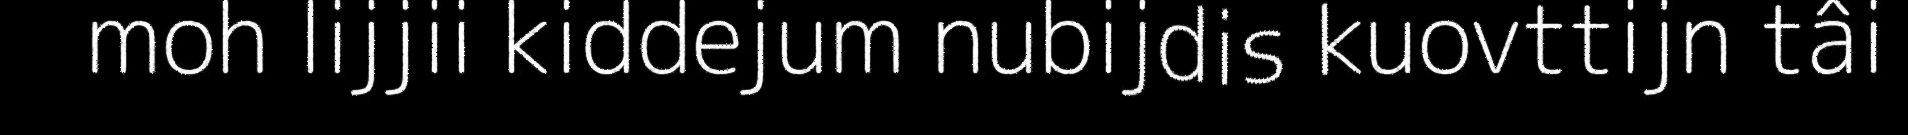
moh lijjii kiddejum nubijdis kuovttijn tâi